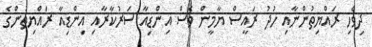
ދިވެހި ރައްޔިތުންނާއި ހުދު ރައީސް ޔާމީން ވެސް އިންޑިއާ ސަރުކާރާއި އިންޑިއާ ރައްޔިތުންގެ